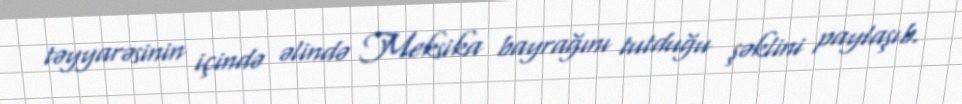
təyyarəsinin içində əlində Meksika bayrağını tutduğu şəklini paylaşıb.